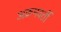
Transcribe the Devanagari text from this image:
अक्रमवर्ती